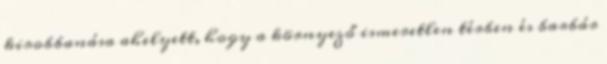
kirobbanása ahelyett, hogy a környező ismeretlen térben és barbár